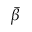
\bar { \beta }